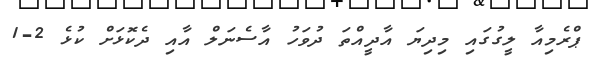
ޕްރެމިއާ ލީގުގައި މިދިޔަ އާދީއްތަ ދުވަހު އާސެނަލް އާއި ދެކޮޅަށް ކުޅެ 2-1